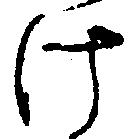
け